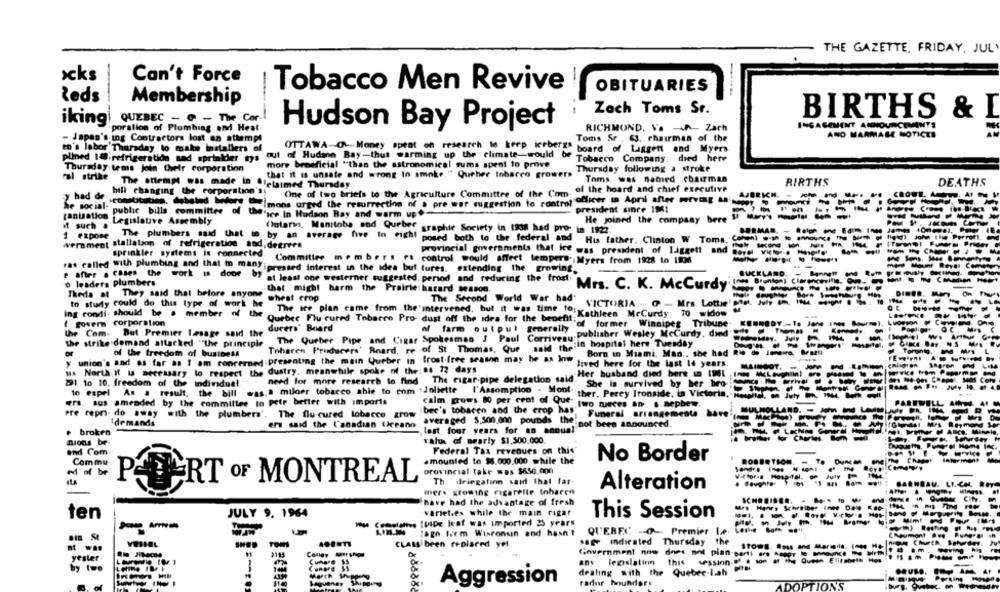
THE GAZETTE, FRIDAY, JULY
ocks
Can't Force
Tobacco Men Revive
OBITUARIES
----
leds
Membership
Zach Toms Sr.
QUEBEC - @ - The Cor-
BIRTHS
& I
iking
ENGAGEMENT ANNOUNCEMENTS
poration of Plumbing and Heat
Hudson Bay Project
RICHMOND. Ve -A- Zach
AND MARMIALE NOTICES
Japan's ing Contractors lost an attempt
Toms Sr . 63, chairman of the
OTTAWA-O-Money spent on research to keep icebergs
to's labor Thursday to make installers of
out of Hudann Bay-thus warming up the climate-would be
board of Liggett and Myers
plined 10'refrigeratido sad sprialder tys
Tobacco Company. died here
more beneficial ""than the astronomical sums spent to prove
Thursday tems join their corporation
Thursday following a stroke
ral strike
that it is unsate and wrong In smoke," Queher tobacco growers
Toms was named chairman
BIRTHS
DEATHS
The attempt was made in .letaimed Thursday
One of two briefs to the Agriculture Committee of the Com. of the board and chief executive
bill changing the corporation's!
CROWE. A
Pulmons urged the resurrection of a pre war suggestion to control officer in April after serving as
y had Sp .constitution. debeted before "=),
Se social-
"public billa committee of the
president since 1961
canisation
""sce In Hudson Bay and warm up .-
Legislative Assembly
He joined the company bere
M such .
(iotario, Manitoba sod Qurber graphie Society in toss had pro- in 1822.
1 expose
The plumbers said that iD by an average five to eight
posed both to the federal and
His father. Clinton W Toms, Com) -m
---- -
werament stallation of refrigeration and.degrees.
sprinkler systems is connected.
provincial governments that ice was president of liggett and
---
- IN CA
Committee members es control would affeet tempers. Myers from 1928 to 106
ras called with plumbing and that m many ipressed interest in the idea but tures. extending the growing.
BUCKLAND.
e after . Cases the work is done by at least one westerner suggested. period and reducing the frost.
o leaders plumbers
Ines Brunton) Clarencevitis. O.
that might harm the Prairie hazard season.
Mrs. C. K. Mccurdy
Theda at They said that before anyone
wheat crop
The Second World War had
-----
--
to study could do this type of work he
VICTORIA - 9 - Mrs. Lottie
Ing condi. should be a member of the
Quebec Flu-cured Tobarre Pro- dust off the idea for the benefit;
The ice plan came from the'intervened, but it was time 10: Kathleen MeCurdy. 70 widow
( govern corporation
of former Winnipeg Tribune
durers' Board
of farm out pul generally
Poplige.
the Com. But Premier Lesage said the
The Queber Pipe and Cigar Spokesman J Paul Corriveny publisher Wesley Mccurdy, dind'
the strike demand attacked ""the principle
Tobaren Producers' Board, re of St Thomas, Que said thetin hospital here Tuesday
of the freedom of business
Born in Miami. Man ., she had Rio de Janeiro, Mulll
@ Toronto.
y union's and as far as I am concerned.presenting the main Queber In frost free season may be as Inw
lived here for the last 14 years.
thisgren
1. North It Is necessary lo respect the dustry. meanwhile spoke of the: 98 72 days
MAINOOT.
need for more research lo find The cigar-pipe delegation said"
-Her husband died here in 1961 Inte Mc Levghilnl ere
291 to 10. freedom of the individual'
She is survived by her bro-
-------
to expel As a result, the bill was;a miloer tobacco able to com :Joliette I'Assomption . Mont-
ther, Perey Ironside, ta Victoria, noseu
ers, sus amended by the committee to pete better with imports
calm grows 80 per cent of Que-
PARIWEL
"two nieces aD . nephew.
Pre repri- do away with the plumbers'. The flu-cured tobacco grow
bee's tobaren and the crop has, Funeral arrangements bare
averaged 5.500.000 pounds the!
Idemands
ers said the Canadian (ceano-
tricot been announced.
last four years for an annual
. broken
nions be-
value of nearly $1.500.000
and Com
Federal Tax revenues on this'
.mounted to $8.000.000 while the
No Border
ROBERTSON.
Commu
To DURMA
and all be
provincial take was $650.000
Victoria Hospital or buy
PART OF MONTREAL
Th ilriegafinn said that far-
BARNBAY
mer. growing cigarette toharre
Alteration
have had the advantage of fresh
ten
JULY 9. 1964
varieties while the main cigar
This Session
-Po Ifpe leaf was imported 25 years
------
QUEREC -- Premier La.
lago lacm Wisconsin and hasn't
-
VESSEL
CLASS been replaced yet
sage indirated Thursday the
11
Coney -
Government now dnes ant plan parti arg
yester-
Curare 35
any legislatinn
this session on the Que Era
by two
1
Canore $$
dealing with the Quebec-Lah
GRUBO.
.
Saguenay Shipo
Aggression
radur Mundory
ADOPTIONS